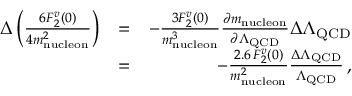
\begin{array} { r l r } { \Delta \left( \frac { 6 F _ { 2 } ^ { v } ( 0 ) } { 4 m _ { \mathrm { n u c l e o n } } ^ { 2 } } \right) } & { = } & { - \frac { 3 F _ { 2 } ^ { v } ( 0 ) } { m _ { \mathrm { n u c l e o n } } ^ { 3 } } \frac { \partial m _ { \mathrm { n u c l e o n } } } { \partial \Lambda _ { \mathrm { Q C D } } } \Delta \Lambda _ { \mathrm { Q C D } } } \\ & { = } & { - \frac { 2 . 6 \, F _ { 2 } ^ { v } ( 0 ) } { m _ { \mathrm { n u c l e o n } } ^ { 2 } } \frac { \Delta \Lambda _ { \mathrm { Q C D } } } { \Lambda _ { \mathrm { Q C D } } } \, , } \end{array}